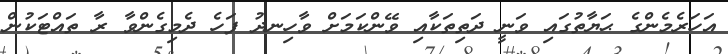
އަހަރެމެންގެ ޙަޔާތުގައި ވަނީ ދަތިތަކާއި ވޭންކަމަށް ވާހިނދު ފަހެ ދެމިގެންވާ ރާ ތައްޓަކުން